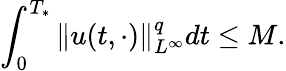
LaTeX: \int_{0}^{T_{*}}\| u(t,\cdot)\| _{L^{\infty}}^{q}dt\leq M.